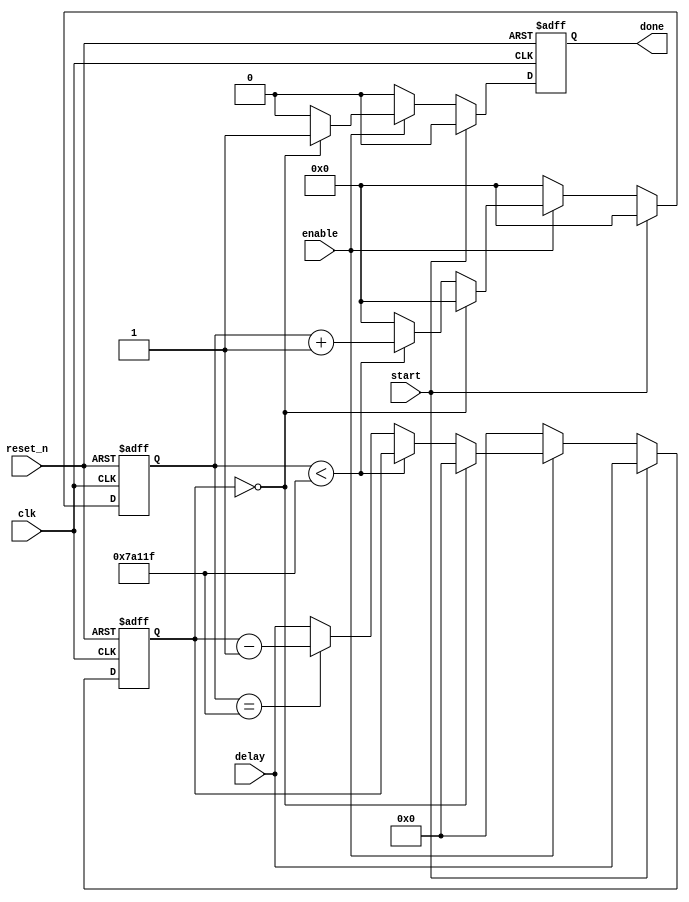
module delay_counter (input clk, reset_n, start, enable, input [7:0] delay, output reg done);
	parameter BASIC_PERIOD=20'd500000;   // can change this value to make delay longer
//	parameter BASIC_PERIOD=20'd5;
	reg [7:0] count;
	reg [19:0] sub_count;	
	always @(posedge clk or negedge reset_n) begin
		if (!reset_n) begin
			count<=8'b0;			
			sub_count <= 20'b0;
			done<=1'b0;
		end else if (start) begin
			count<=delay;	
			sub_count <= 20'b0;		
			done<=1'b0;
		end else if (enable) begin
			//sub counter
			if (count==8'b0) begin
				done<=1'b1;
				count<=8'b0;
				sub_count <= 20'b0;
			end else begin
				done<=1'b0;
				if (sub_count < BASIC_PERIOD-1) begin
					sub_count <= sub_count + 20'b1;
					// count<=count;
				end else if (sub_count == BASIC_PERIOD-1) begin
					count<=count-8'b1;
					sub_count <= 20'b0;
				end else begin //disable latch
					count<=delay;
					sub_count <= 20'b0;
				end
			end
		end else begin
			count<=8'b0;			
			sub_count <= 20'b0;
			done<=1'b0;
		end
	end
endmodule